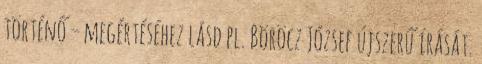
történő – megértéséhez lásd pl. Böröcz József újszerű írását.